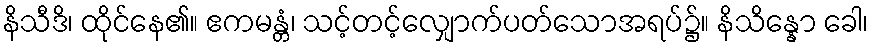
နိသီဒိ၊ ထိုင်နေ၏။ ဧကမန္တံ၊ သင့်တင့်လျှောက်ပတ်သောအရပ်၌။ နိသိန္နော ခေါ၊